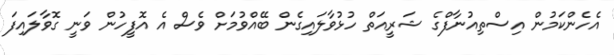
އެހެންކަމުން އިސްތިއުނާފްގެ ޝަރީއަތް ހުޅުވާލައިގެން ބޭއްވުމަށް ވެސް އެ އޮފީހުން ވަނީ ގޮވާލައިފަ